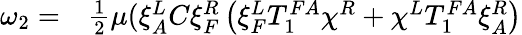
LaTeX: \begin{array}{rl}{\omega_{2}=}&{{}\frac 12\mu(\xi_{A}^{L}C\xi_{F}^{R}\left(\xi_{F}^{L}T_{1}^{FA}\chi^{R}+\chi^{L}T_{1}^{FA}\xi_{A}^{R}\right)}\end{array}